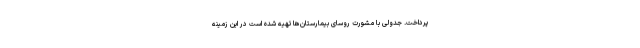
پرداخت. جدولی با مشورت روسای بیمارستان‌ها تهیه شده است در این زمینه